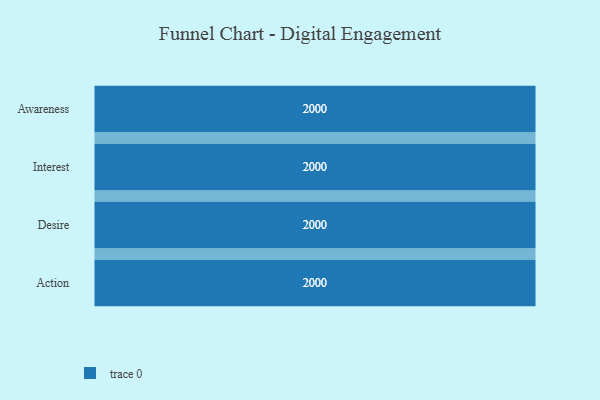
{"axis": {"x": "Stage", "y": "Value"}, "legend": [""], "data": [{"x": "Awareness", "y": 2000, "type": ""}, {"x": "Interest", "y": 2000, "type": ""}, {"x": "Desire", "y": 2000, "type": ""}, {"x": "Action", "y": 2000, "type": ""}]}